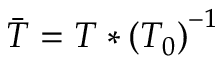
\Bar { T } = T * \left( T _ { 0 } \right) ^ { - 1 }